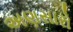
અણસારો